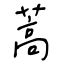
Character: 蒿